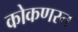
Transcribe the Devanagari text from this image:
कोकणस्त